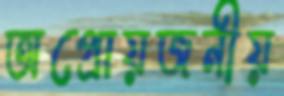
অপ্রোয়জনীয়